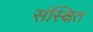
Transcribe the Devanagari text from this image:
संस्क्षित